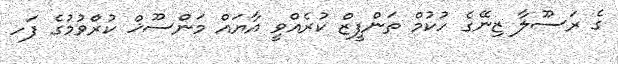
ގެ ރަސޫލާ ޒިނޭގެ ހުކުމް ތަންފީޒް ކުރެއްވީ އާޔައް މަންސޫޚް ކުރެެްވުމުގެ ފަހ